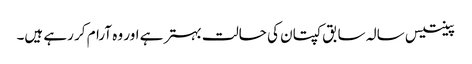
پینتیس سالہ سابق کپتان کی حالت بہتر ہے اور وہ آرام کر رہے ہیں۔